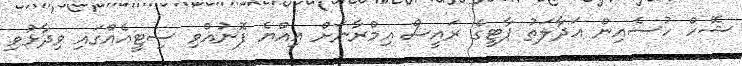
ޝޭހް ހުސެއިން އަދާލަތު ޕާޓީގެ ރައީސް އިމްރާނަށް އިއްޔެ ފޮނުއްވި ސިޓީއެއްގައި ވިދާޅުވި